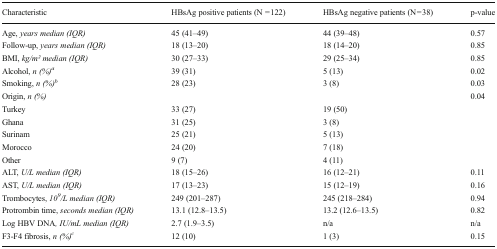
<table><thead><tr><td><b>Characteristic</b></td><td><b>HBsAg positive patients (N = 122)</b></td><td><b>HBsAg negative patients (N = 38)</b></td><td><b>p-value</b></td></tr></thead><tbody><tr><td>Age, <i>years median (IQR)</i></td><td>45 (41–49)</td><td>44 (39–48)</td><td>0.57</td></tr><tr><td>Follow-up, <i>years median (IQR)</i></td><td>18 (13–20)</td><td>18 (14–20)</td><td>0.85</td></tr><tr><td>BMI, <i>kg/m2</i><i>median (IQR)</i></td><td>30 (27–33)</td><td>29 (25–34)</td><td>0.85</td></tr><tr><td>Alcohol, <i>n (%)</i><sup><i>a</i></sup></td><td>39 (31)</td><td>5 (13)</td><td>0.02</td></tr><tr><td>Smoking, <i>n (%)</i><sup><i>b</i></sup></td><td>28 (23)</td><td>3 (8)</td><td>0.03</td></tr><tr><td colspan="3">Origin, <i>n (%)</i></td><td>0.04</td></tr><tr><td>Turkey</td><td>33 (27)</td><td>19 (50)</td><td></td></tr><tr><td>Ghana</td><td>31 (25)</td><td>3 (8)</td><td></td></tr><tr><td>Surinam</td><td>25 (21)</td><td>5 (13)</td><td></td></tr><tr><td>Morocco</td><td>24 (20)</td><td>7 (18)</td><td></td></tr><tr><td>Other</td><td>9 (7)</td><td>4 (11)</td><td></td></tr><tr><td>ALT, <i>U/L median (IQR)</i></td><td>18 (15–26)</td><td>16 (12–21)</td><td>0.11</td></tr><tr><td>AST, <i>U/L median (IQR)</i></td><td>17 (13–23)</td><td>15 (12–19)</td><td>0.16</td></tr><tr><td>Trombocytes, <i>10</i><sup><i>9</i></sup><i>/L median (IQR)</i></td><td>249 (201–287)</td><td>245 (218–284)</td><td>0.94</td></tr><tr><td>Protrombin time, <i>seconds median (IQR)</i></td><td>13.1 (12.8–13.5)</td><td>13.2 (12.6–13.5)</td><td>0.82</td></tr><tr><td>Log HBV DNA<i>, IU/mL median (IQR)</i></td><td>2.7 (1.9–3.5)</td><td>n/a</td><td>n/a</td></tr><tr><td>F3-F4 fibrosis, <i>n (%)</i><sup><i>c</i></sup></td><td>12 (10)</td><td>1 (3)</td><td>0.15</td></tr></tbody></table>